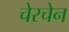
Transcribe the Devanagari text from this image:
चेरचेन